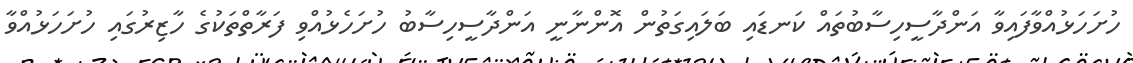
ހުށަހަޅުއްވާފައިވާ އަންދާސީހިސާބުތައް ކަނޑައި ބަލައިގަތުން އޮންނާނީ އަންދާސީހިސާބު ހުށަހެޅުއްވި ފަރާތްތަކުގެ ހާޒިރުގައި ހުށަހަޅުއްވާ